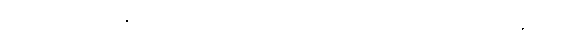
စစ်ဆေးရေးအဖွဲ့နှင့် တွေရှိသလို ကိုက်ခဲသည့် ဘဝအခြေ ဩောင်း တစ်နှစ်ကြာမှ